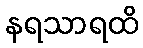
နရသာရထိ